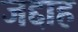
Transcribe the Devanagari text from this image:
जद्दाह